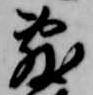
敷